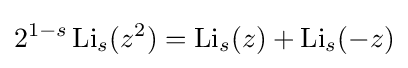
2^{1-s}\operatorname {Li} _{s}(z^{2})=\operatorname {Li} _{s}(z)+\operatorname {Li} _{s}(-z)